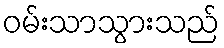
ဝမ်းသာသွားသည်